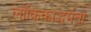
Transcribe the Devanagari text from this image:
लौकिकाद्धर्मतो